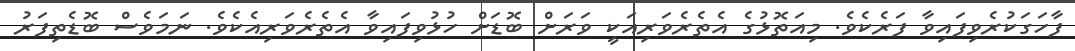
ފާހަގަކުރެވިފައިވާ ފަރެކެވެ. މިއަތޮޅުގެ އެތެރެވަރިއަކީ ވަރަށް ބޮޑަށް ހުޅުވިފައިވާ އެތެރެވަރިއެކެވެ. ނަމަވެސް ބޮޑެތިފަރު